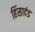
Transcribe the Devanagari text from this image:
हिंसादंड